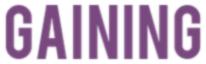
GAINING